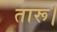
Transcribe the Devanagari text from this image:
तारू।